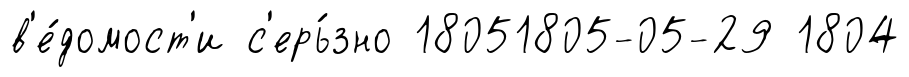
в'е́домост'и с'ерь́зно 18051805-05-29 1804